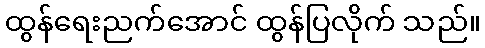
ထွန်ရေးညက်အောင် ထွန်ပြလိုက် သည်။